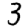
Digit: 3